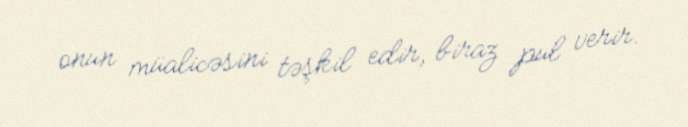
onun müalicəsini təşkil edir, biraz pul verir.